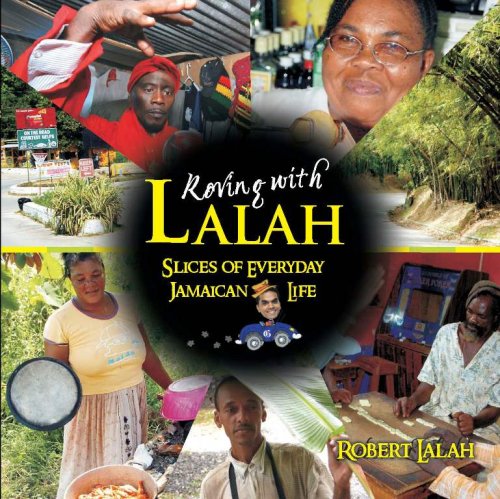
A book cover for Roving with Lalah: Slices of Everyday Jamaican Life; Robert Lalah; Travel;